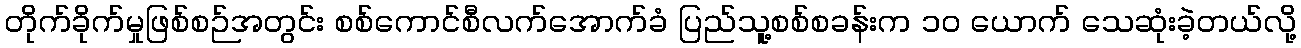
တိုက်ခိုက်မှုဖြစ်စဉ်အတွင်း စစ်ကောင်စီလက်အောက်ခံ ပြည်သူ့စစ်စခန်းက ၁၀ ယောက် သေဆုံးခဲ့တယ်လို့